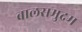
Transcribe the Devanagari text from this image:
बालसमुद्रम